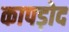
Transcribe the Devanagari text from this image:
कापड़ोद